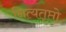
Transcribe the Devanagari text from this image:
नित्यतृप्तो